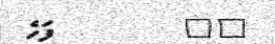
٢٤        ފަހެ